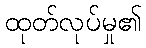
ထုတ်လုပ်မှု၏